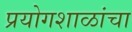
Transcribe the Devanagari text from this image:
प्रयोगशाळांचा